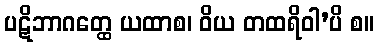
ပဋိဘာဂတ္ထေ ယထာစ၊ ဝိယ တထရိဝါ’ပိ စ။